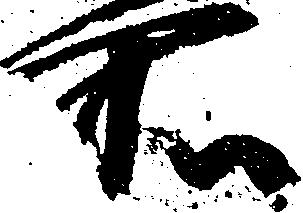
所